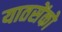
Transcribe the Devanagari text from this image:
यातसेंको